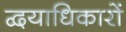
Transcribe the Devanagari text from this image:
द्वयाधिकारों